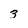
Character: 3